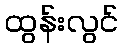
ထွန်းလွင်